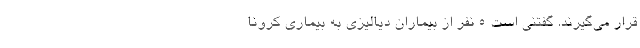
قرار می‌گیرند. گفتنی است ۵ نفر از بیماران دیالیزی به بیماری کرونا